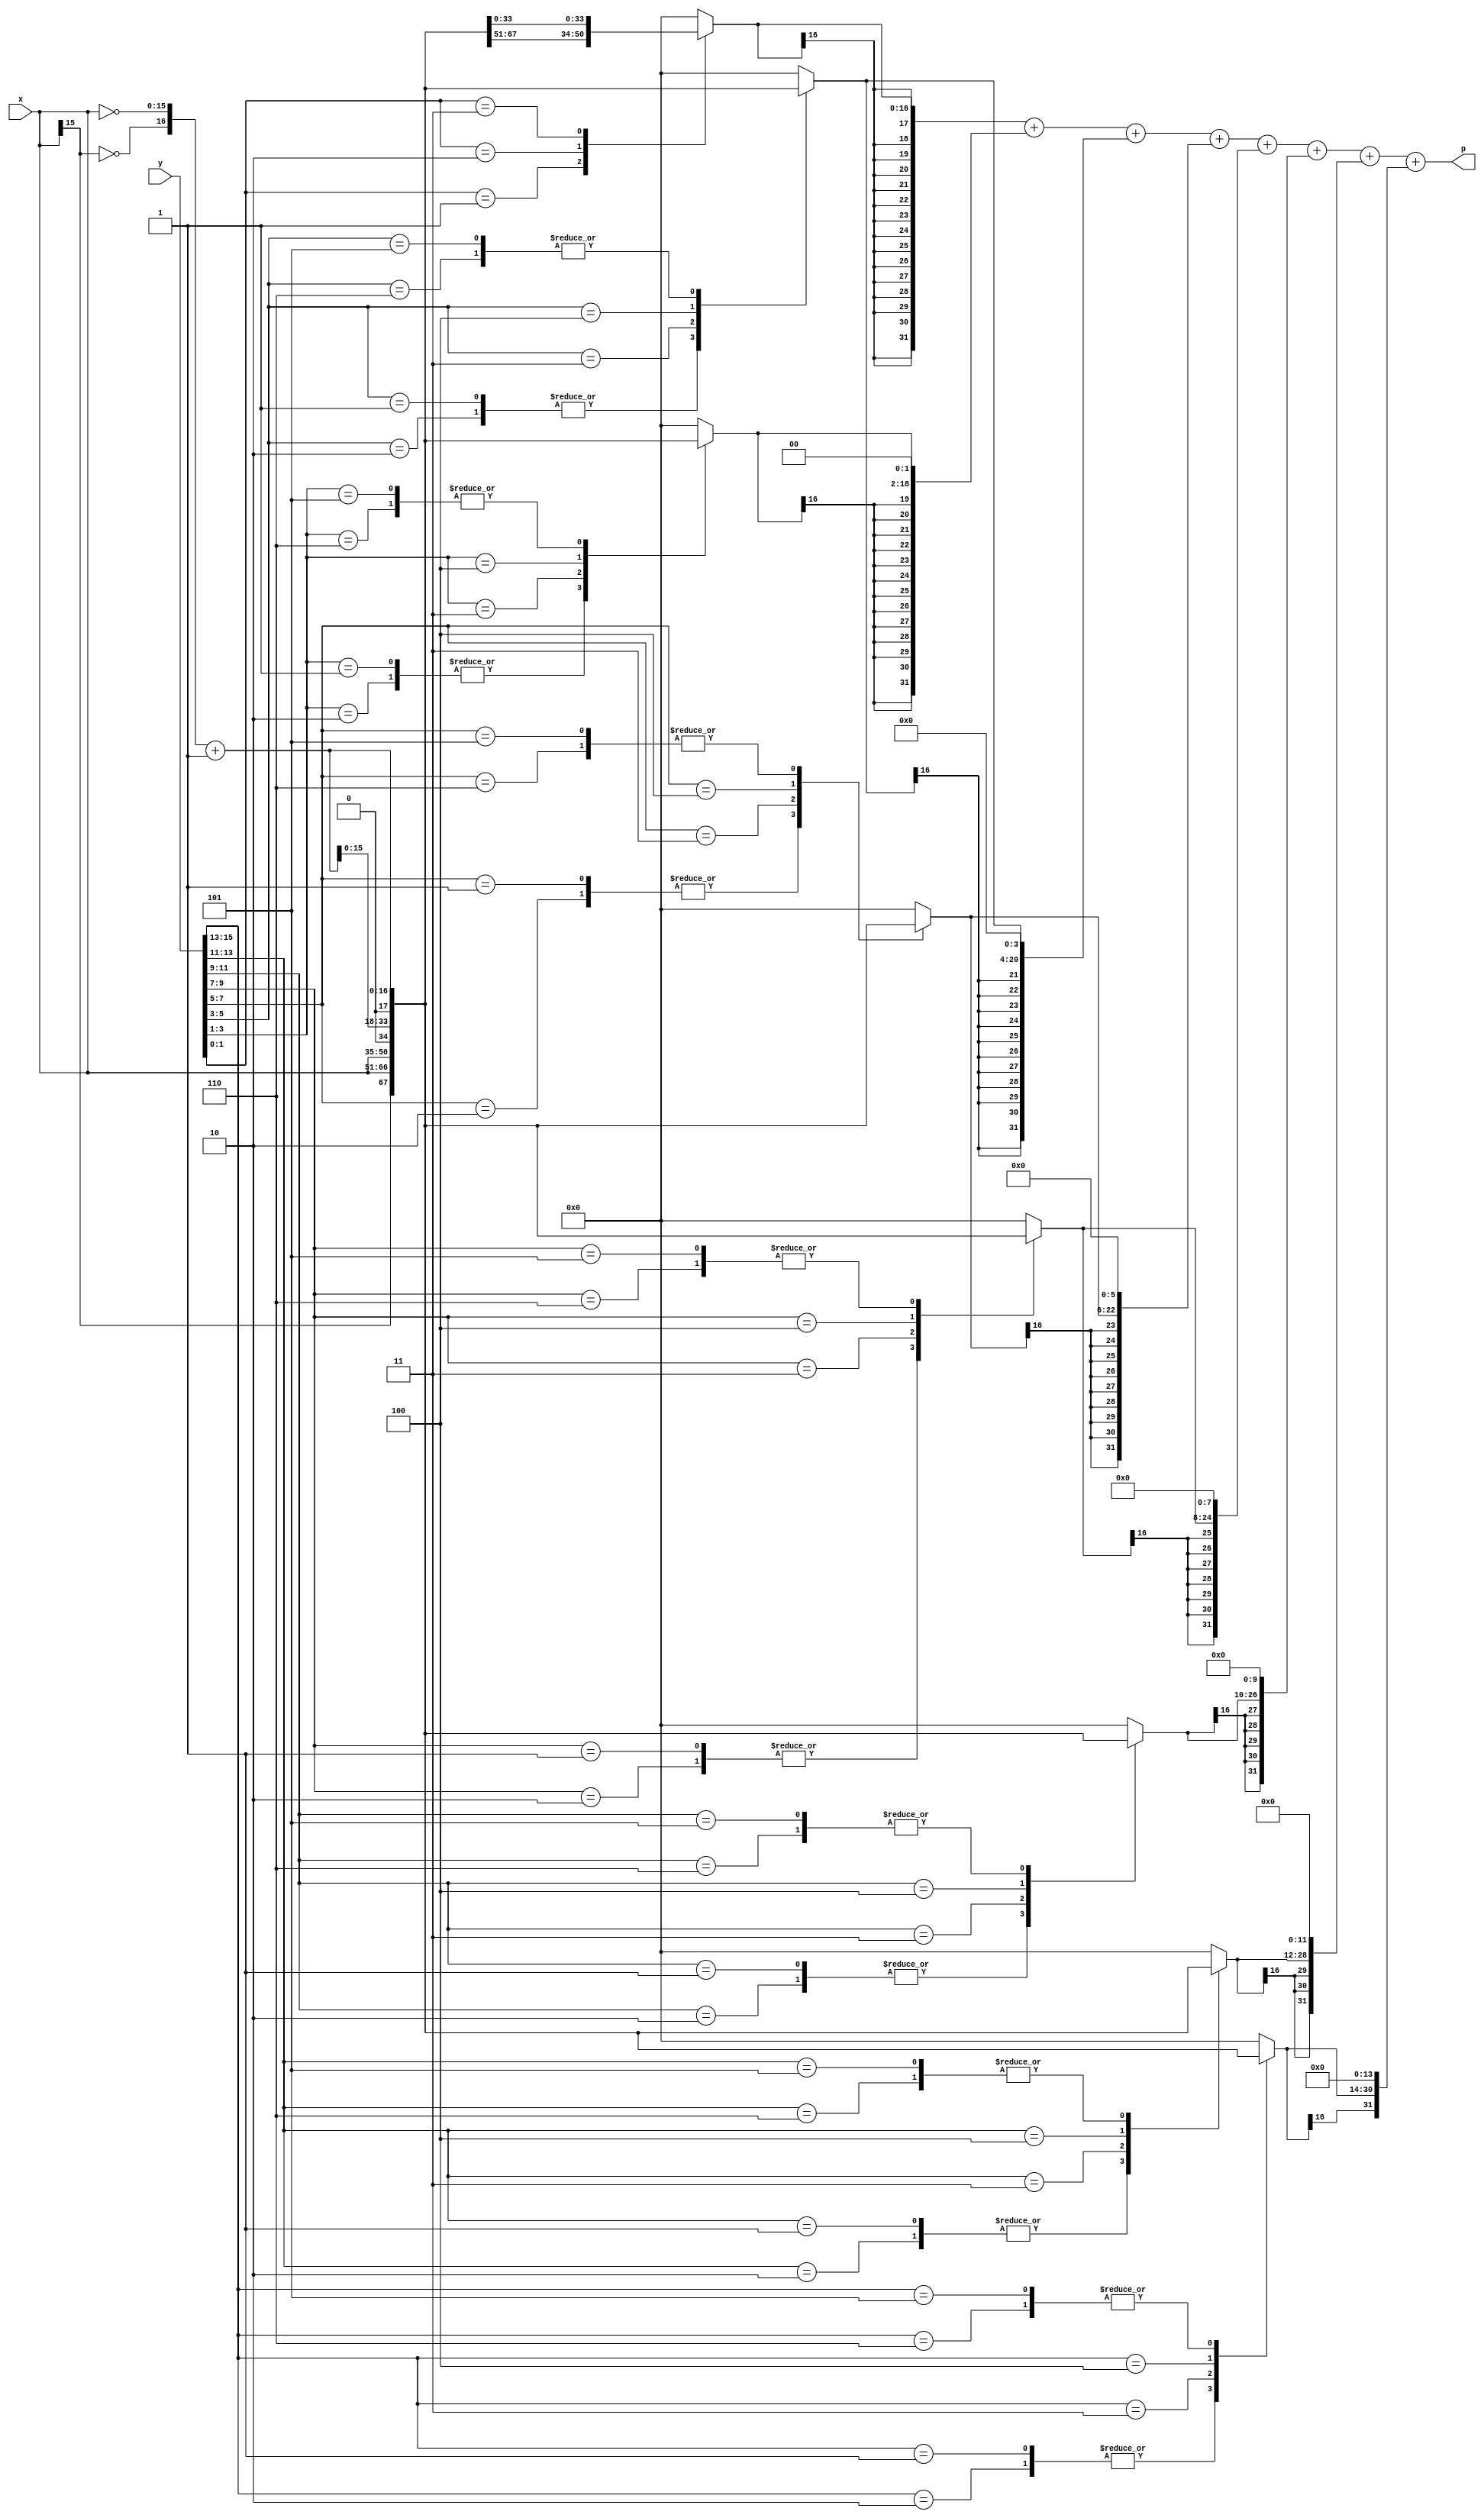
// It is a radix-4 booth's multiplier
module booth_mult (p, x, y);
parameter width= 16;
parameter N = 8;
input[width-1:0]x, y;
output[width+width-1:0]p;
reg [2:0] cc[N-1:0];
reg [width:0] pp[N-1:0];
reg [width+width-1:0] spp[N-1:0];
reg [width+width-1:0] prod;
wire [width:0] inv_x;

integer i,j;
//generate two's complement of mutiplicand X(M)
assign inv_x = {~x[width-1],~x}+1;

always @ (x or y or inv_x)
begin
cc[0] = {y[1],y[0],1'b0}; //generate Ck for each k, for k is not zero
for(j=1;j<N;j=j+1)
cc[j] = {y[2*j+1],y[2*j],y[2*j-1]};

for(j=0;j<N;j=j+1)
begin
case(cc[j])
3'b001 , 3'b010 : pp[j] = {x[width-1],x};
3'b011 : pp[j] = {x,1'b0};
3'b100 : pp[j] = {inv_x[width-1:0],1'b0};
3'b101 , 3'b110 : pp[j] = inv_x;
default : pp[j] = 0;
endcase

spp[j] = $signed(pp[j]);
for(i=0;i<j;i=i+1)
spp[j] = {spp[j],2'b00}; //multiply by 2 to the power x or shifting operation
end //'for(j=0;j<N;j=j+1)'
prod = spp[0];
for(j=1;j<N;j=j+1)
prod = prod + spp[j];
end
assign p = prod;
endmodule